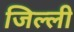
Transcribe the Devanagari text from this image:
जिल्ली